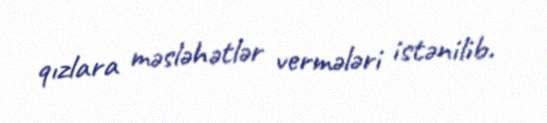
qızlara məsləhətlər vermələri istənilib.